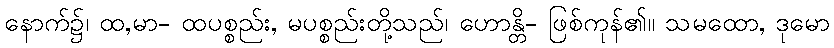
နောက်၌၊ ထ,မာ- ထပစ္စည်း, မပစ္စည်းတို့သည်၊ ဟောန္တိ- ဖြစ်ကုန်၏။ သမထော, ဒုမော